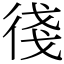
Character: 㣤